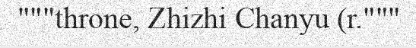
"""throne, Zhizhi Chanyu (r."""